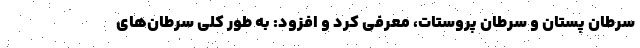
سرطان پستان و سرطان پروستات، معرفی کرد و افزود: به طور کلی سرطان‌های